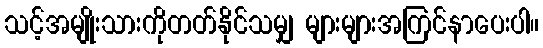
သင့်အမျိုးသားကိုတတ်နိုင်သမျှ များများအကြင်နာပေးပါ။